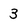
Character: 3